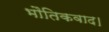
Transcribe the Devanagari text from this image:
भौतिकवाद।